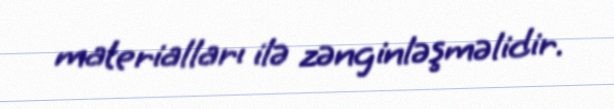
materialları ilə zənginləşməlidir.